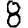
Digit: 8